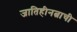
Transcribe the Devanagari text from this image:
जातिहीनत्वाची